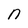
Character: n